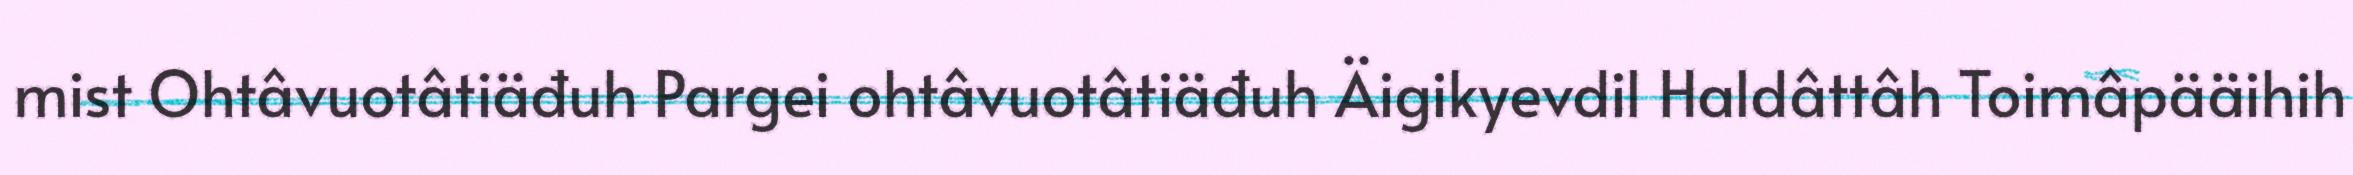
mist Ohtâvuotâtiäđuh Pargei ohtâvuotâtiäđuh Äigikyevdil Haldâttâh Toimâpääihih